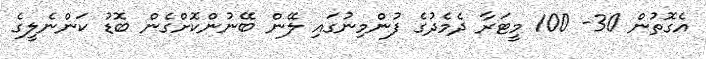
އެގޮތުން 30- 100 މީޓަރާ ދެމެދުގެ ފުންމިނުގައި ލޭން ބޭނުންކޮށްގެން ބޮޑު ކަންނެލީގެ